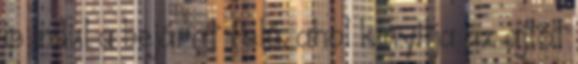
is indul a bejárat felé, ahol kinyitja az ajtót